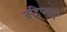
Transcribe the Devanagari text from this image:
बहिष्ख्रुत